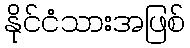
နိုင်ငံသားအဖြစ်